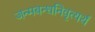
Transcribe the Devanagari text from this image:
जन्मबन्धनिवृत्यर्थं